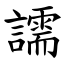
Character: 譳